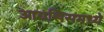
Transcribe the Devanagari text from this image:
आयसिसमध्ये